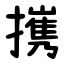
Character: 㩗